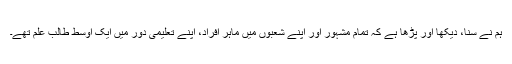
ہم نے سنا، دیکھا اور پڑھا ہے کہ تمام مشہور اور اپنے شعبوں میں ماہر افراد، اپنے تعلیمی دور میں ایک اوسط طالب علم تھے۔